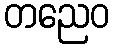
တညေဝ